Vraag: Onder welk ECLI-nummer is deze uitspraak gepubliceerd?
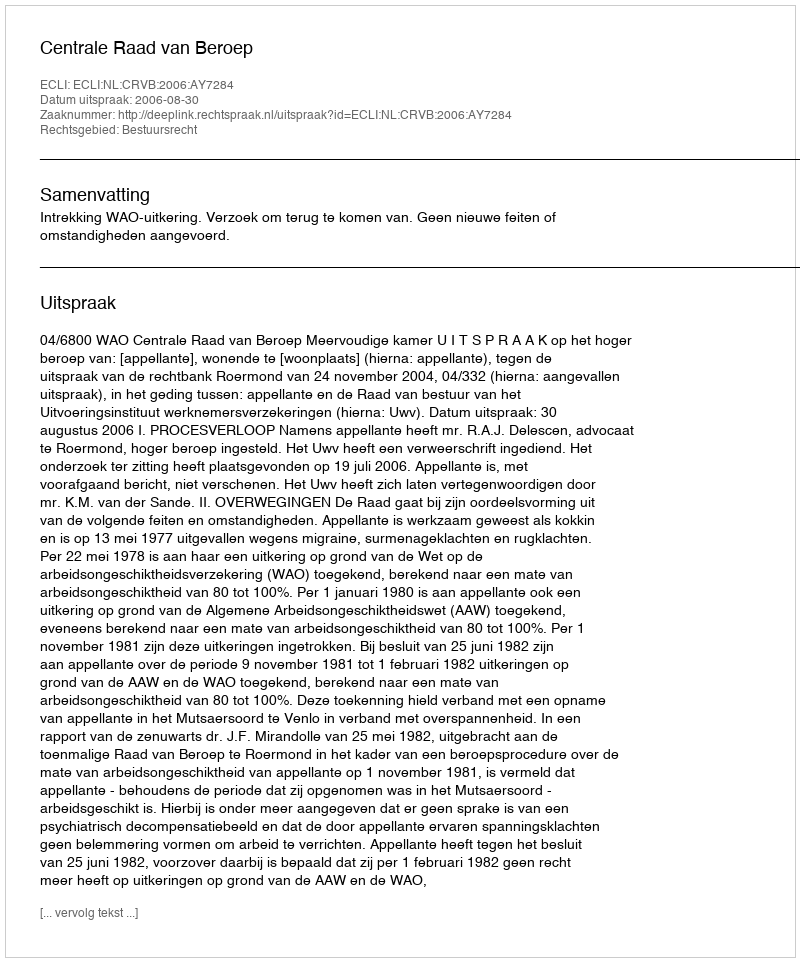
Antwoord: ECLI:NL:CRVB:2006:AY7284